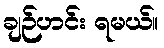
ချဉ်ဟင်း ရမယ်။